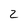
Character: 2